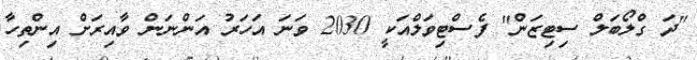
"ދަ ގްލޯބަލް ސިޓިޒަން" ފެސްޓިވަލްއަކީ 2030 ވަނަ އަހަރު އަންނަން ވާއިރަށް އިންތިހާ